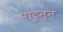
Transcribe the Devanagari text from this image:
पाटुन्न